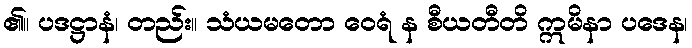
၏။ ပဒဋ္ဌာနံ၊ တည်း။ သံယမတော ဝေရံ န စီယတီတိ ဣမိနာ ပဒေန၊